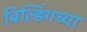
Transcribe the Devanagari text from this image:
बिल्डिंगच्या